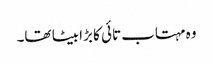
وہ مہتاب تائی کا بڑا بیٹا تھا۔